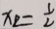
x _ { 2 } = \frac { 1 } { 2 }